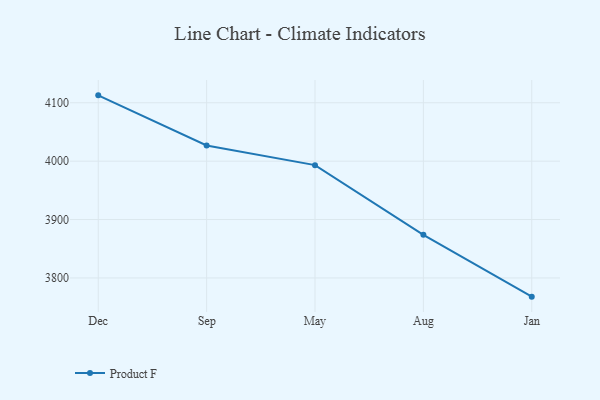
{"axis": {"x": "Month", "y": "Backlog"}, "legend": ["Product F"], "data": [{"x": "Dec", "y": 4112.7, "type": "Product F"}, {"x": "Sep", "y": 4026.9, "type": "Product F"}, {"x": "May", "y": 3993.2, "type": "Product F"}, {"x": "Aug", "y": 3873.9, "type": "Product F"}, {"x": "Jan", "y": 3768.0, "type": "Product F"}]}